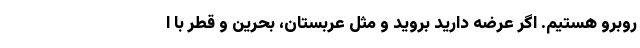
روبرو هستیم. اگر عرضه دارید بروید و مثل عربستان، بحرین و قطر با ا